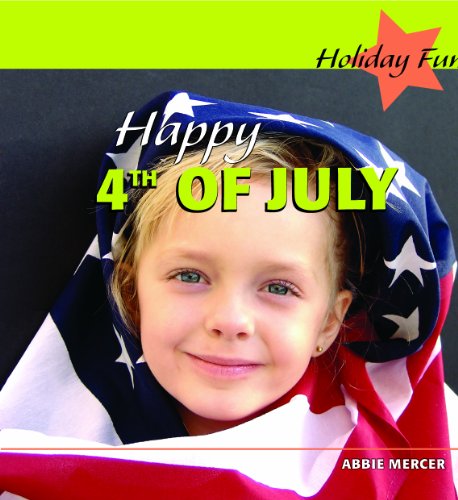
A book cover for Happy 4th of July (Holiday Fun); Abbie Mercer; Children's Books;